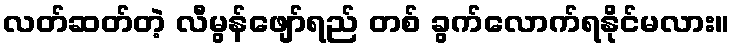
လတ်ဆတ်တဲ့ လီမွန်ဖျော်ရည် တစ် ခွက်လောက်ရနိုင်မလား။